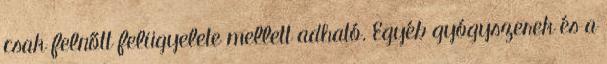
csak felnőtt felügyelete mellett adható. Egyéb gyógyszerek és a